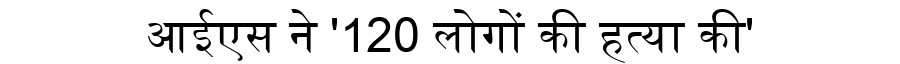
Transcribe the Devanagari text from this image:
आईएस ने '120 लोगों की हत्या की'